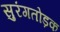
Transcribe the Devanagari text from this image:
सुरंगतोड़क